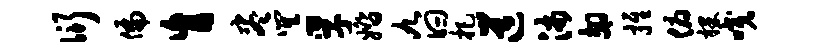
衍偏肓尽巽孚婚九曰把道沛翅推俯裸咬